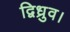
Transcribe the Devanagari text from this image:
द्विध्रुव।